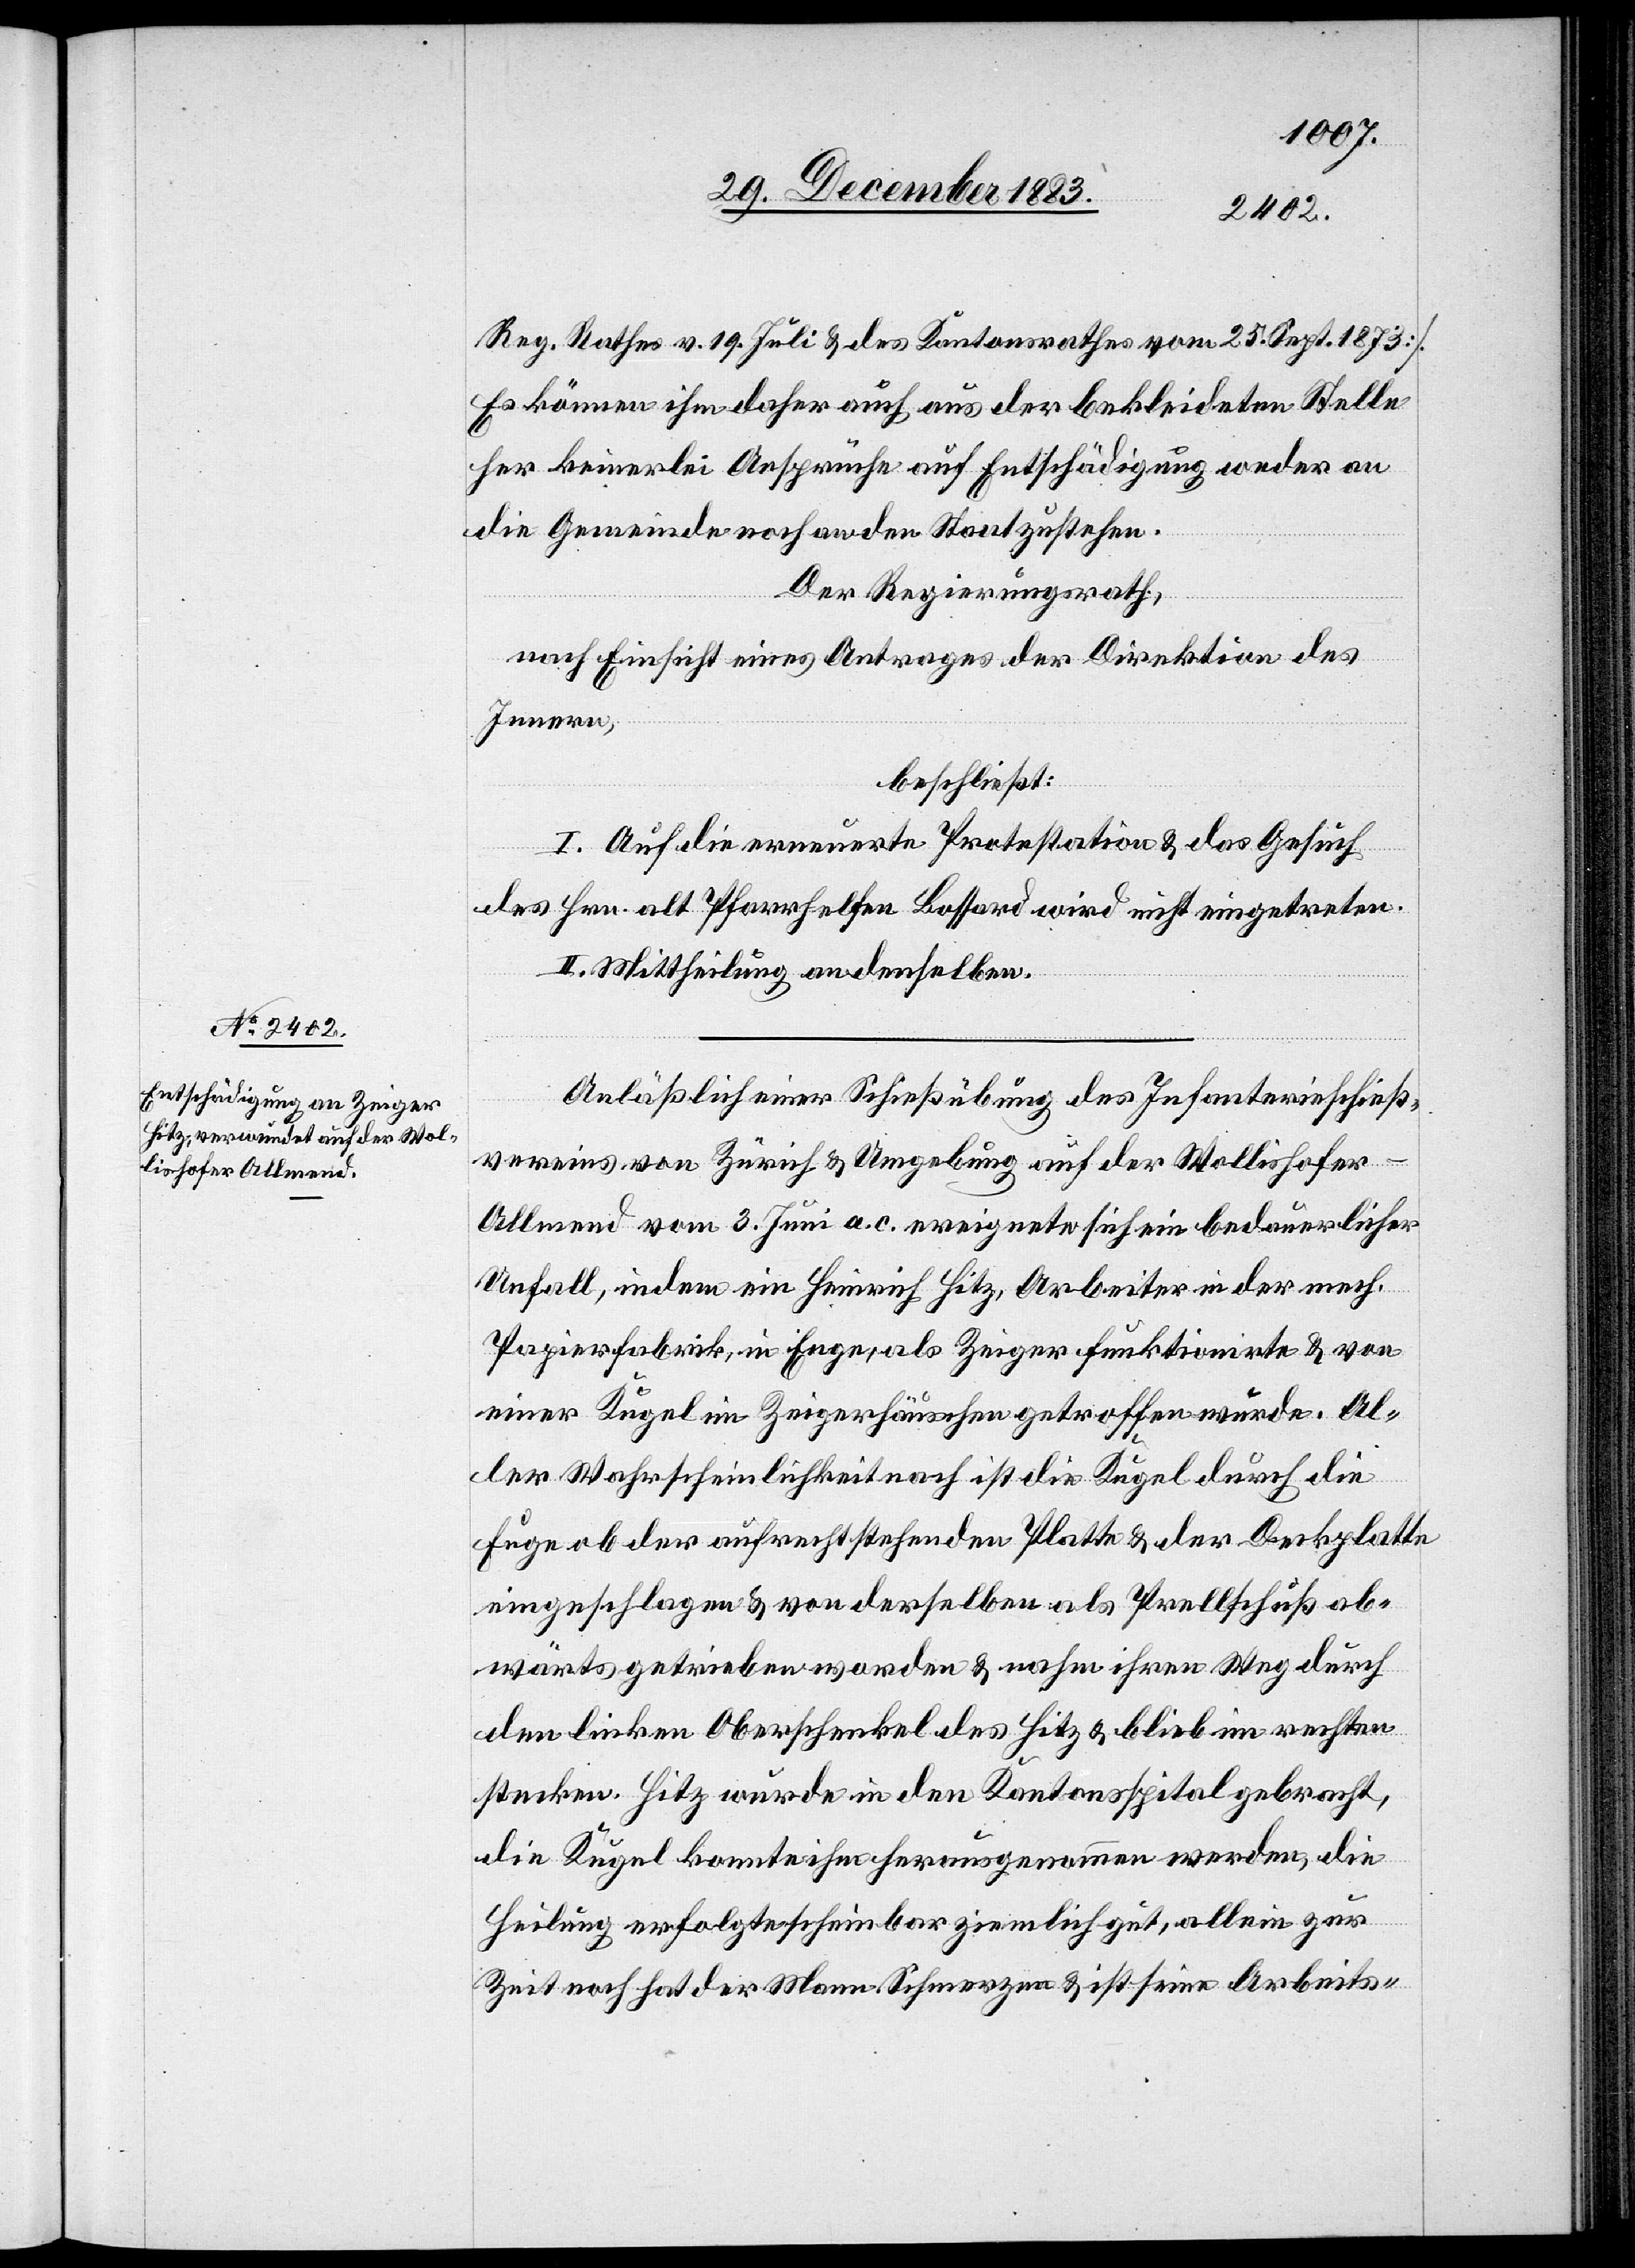
Reg. Rathes v. 19. Juli & des Kantonsrathes vom 25. Sept. 1873].
Es können ihm daher auch aus der bekleideten Stelle
her keinerlei Ansprüche auf Entschädigung weder an
die Gemeinde noch an den Staat zustehen.
Der Regierungsrath,
nach Einsicht eines Antrages der Direktion des
Innern,
beschließt:
I. Auf die erneuerte Protestation & das Gesuch
des Hrn. alt Pfarrhelfen [sic!] Bossard wird nicht eingetreten.
II. Mittheilung an denselben.
Anläßlich einer Schießübung der Infanterieschieß¬
vereins von Zürich & Umgebung auf der Wollishofer-A¬
llmend vom 3. Juni a. c. ereignete sich ein bedauerlicher
Unfall, indem ein Heinrich Hitz, Arbeiter in der mech.
Papierfabrik, in Enge, als Zeiger funktionirte & von
einer Kugel im Zeigerhäuschen getroffen wurde. Al¬
ler Wahrscheinlichkeit nach ist die Kugel durch die
Fuge ob der aufrechtstehenden Platte & der Deckplatte
eingeschlagen & von derselben als Prellschuß ab¬
wärts getrieben worden & nahm ihren Weg durch
den linken Oberschenkel des Hitz & blieb im rechten
stecken. Hitz wurde in den Kantonsspital gebracht,
die Kugel konnte ihm herausgenommen werden, die
Heilung erfolgte scheinbar ziemlich gut, allein zur
Zeit noch hat der Mann Schmerzen & ist seine Arbeits-